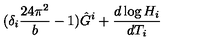
( \delta _ { i } \frac { 2 4 \pi ^ { 2 } } { b } - 1 ) \hat { G } ^ { i } + \frac { d \log H _ { i } } { d T _ { i } }